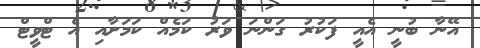
އޭނާ ބުނީ އެއީ ފަކުރު ގަންނަ ވަރު ކަމެއް ކަމަށާއި އެ ޓްވީޓް